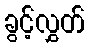
ခွင့်လွှတ်